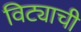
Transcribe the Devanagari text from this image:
विट्याची